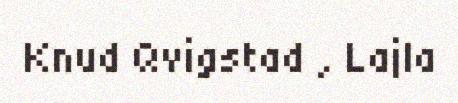
Knud Qvigstad , Lajla